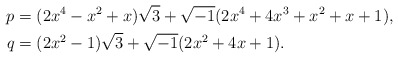
\begin{align*} p&=(2x^4-x^2+x)\sqrt{3}+\sqrt{-1}(2x^4+4x^3+x^2+x+1),\\ q&=(2x^2-1)\sqrt{3}+\sqrt{-1}(2x^2+4x+1).\end{align*}